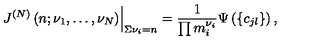
\left. J ^ { ( N ) } \left( n ; \nu _ { 1 } , \ldots , \nu _ { N } \right) \right| _ { \Sigma \nu _ { i } = n } = \frac { 1 } { \prod m _ { i } ^ { \nu _ { i } } } \Psi \left( \left\{ c _ { j l } \right\} \right) ,